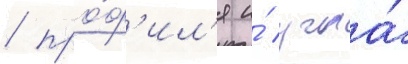
/ про́ф'ил'я и́ угла́